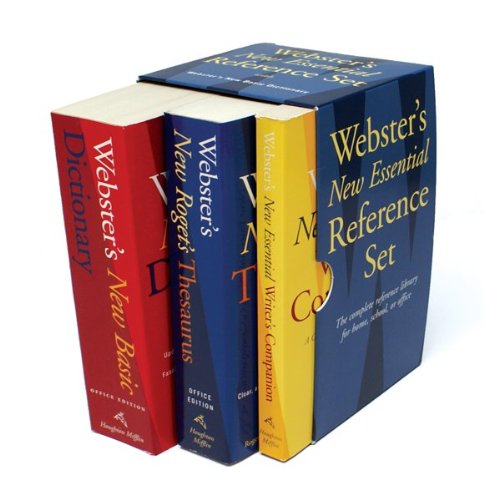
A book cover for Webster's New Essential Reference Set; Editors of Webster's New Dictionaries; Reference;